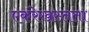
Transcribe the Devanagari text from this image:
एकरेखस्तता